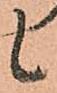
候